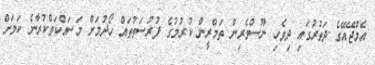
އެމްޖޭއޭގެ ދަތުރުގައި ދިވެހި ނޫސްވެރިން ތަމްރީން ކުރުމުގެ ފުރުސަތުތައް ހޯދުމަށް މަސައްކަތްކުރާނެ ކަމަށް